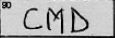
Transcription: CMD